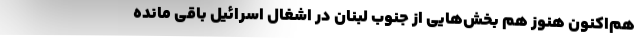
هم‌اکنون هنوز هم بخش‌هایی از جنوب لبنان در اشغال اسرائیل باقی مانده